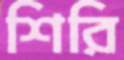
শিরি